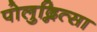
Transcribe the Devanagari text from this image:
पोलुद्नित्सा